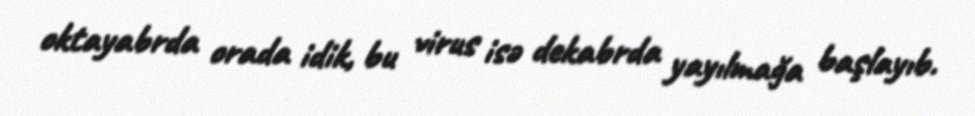
oktayabrda orada idik, bu virus isə dekabrda yayılmağa başlayıb.